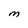
Character: M